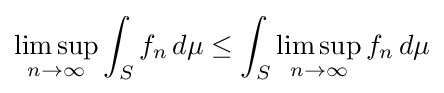
\limsup _{n\to \infty }\int _{S}f_{n}\,d\mu \leq \int _{S}\limsup _{n\to \infty }f_{n}\,d\mu